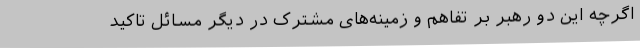
اگرچه این دو رهبر بر تفاهم و زمینه‌های مشترک در دیگر مسائل تاکید